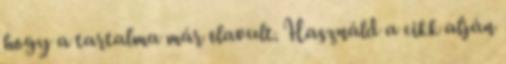
hogy a tartalma már elavult. Használd a cikk alján